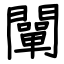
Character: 闡